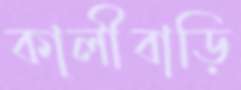
কালীবাড়ি